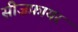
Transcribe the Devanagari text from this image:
सीज़फ़ायर